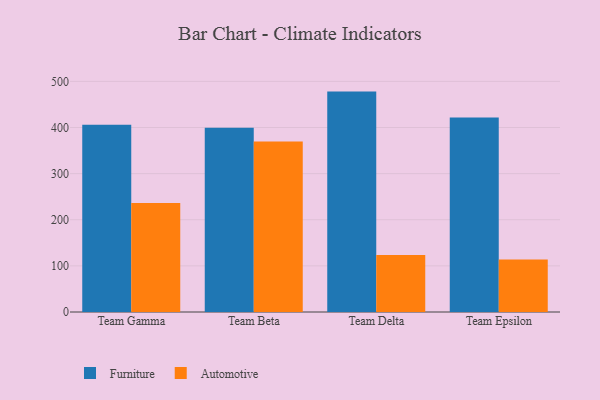
{"axis": {"x": "Team", "y": "Latency (ms)"}, "legend": ["Automotive", "Furniture"], "data": [{"x": "Team Gamma", "y": 405.9, "type": "Furniture"}, {"x": "Team Gamma", "y": 236.1, "type": "Automotive"}, {"x": "Team Beta", "y": 399.6, "type": "Furniture"}, {"x": "Team Beta", "y": 369.5, "type": "Automotive"}, {"x": "Team Delta", "y": 477.8, "type": "Furniture"}, {"x": "Team Delta", "y": 123.3, "type": "Automotive"}, {"x": "Team Epsilon", "y": 421.6, "type": "Furniture"}, {"x": "Team Epsilon", "y": 113.6, "type": "Automotive"}]}